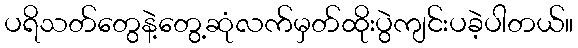
ပရိသတ်တွေနဲ့တွေ့ဆုံလက်မှတ်ထိုးပွဲကျင်းပခဲ့ပါတယ်။